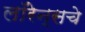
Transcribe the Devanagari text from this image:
लॉरेन्सचे